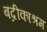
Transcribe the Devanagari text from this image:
बद्रीकाश्रम